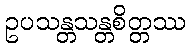
ဥပသန္တသန္တစိတ္တဿ